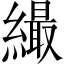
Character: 繓